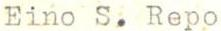
Eino S. Repo